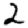
Digit: 2